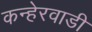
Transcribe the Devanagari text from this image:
कन्हेरवाडी